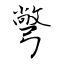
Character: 彆